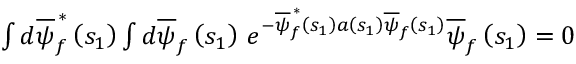
\begin{array} { r } { \int d \overline { { \psi } } _ { f } ^ { \, \ast } \left( s _ { 1 } \right) \int d \overline { { \psi } } _ { f } \left( s _ { 1 } \right) \, e ^ { - \overline { { \psi } } _ { f } ^ { \, \ast } \left( s _ { 1 } \right) a \left( s _ { 1 } \right) \overline { { \psi } } _ { f } \left( s _ { 1 } \right) } \overline { { \psi } } _ { f } \left( s _ { 1 } \right) = 0 } \end{array}